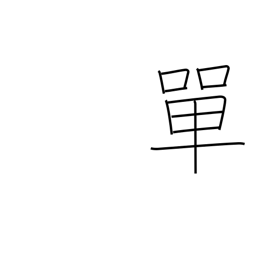
Meaning: simple